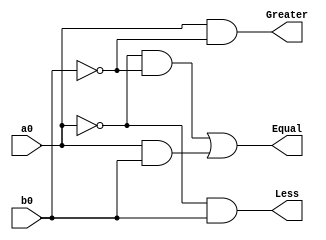
`timescale 1ns / 1ps
//////////////////////////////////////////////////////////////////////////////////
// Company: University of New Hampshire
// 
// Design Name: StopWatch
// Module Name: ucomp_1bit
// Project Name: StopWathc Design
// Target Devices: Xilinx Artix-7 FPGA
// Tool Versions: 
// Description: 
// 
// Dependencies: None
// 
// Revision:
// Revision 0.01 - File Created
// Additional Comments:
// 
//////////////////////////////////////////////////////////////////////////////////


module ucomp_1bit(  a0,
                    b0,
                    Greater,
                    Equal,
                    Less
                    );

    input a0, b0;
    output Greater, Equal, Less;
    
    assign Greater = a0 & ~b0;
    assign Equal   = (~a0 & ~b0) | (a0 & b0);
    assign Less    = ~a0 & b0;
endmodule